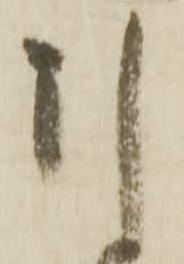
引